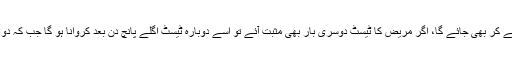
اعلامیے کے مطابق کورونا ٹیسٹ کے لیے محکمہ صحت کا عملہ گھر سے سیمپل لے کر بھی جائے گا، اگر مریض کا ٹیسٹ دوسری بار بھی مثبت آئے تو اسے دوبارہ ٹیسٹ اگلے پانچ دن بعد کروانا ہو گا جب کہ دو بار ٹیسٹ رپورٹ منفی آنے پر مریض کو ہوم آئسولیشن ختم کرنے کی اجازت ہو گی۔